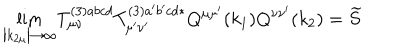
LaTeX: { \lim _ { \left| k _ { 2 \mu } \right| \rightarrow \infty } } T _ { \mu \nu } ^ { ( 3 ) a b c d } T _ { \mu ^ { \prime } \nu ^ { \prime } } ^ { ( 3 ) a ^ { \prime } b ^ { \prime } c d * } Q ^ { \mu \mu ^ { \prime } } ( k _ { 1 } ) Q ^ { \nu \nu ^ { \prime } } ( k _ { 2 } ) = \widetilde { S }